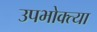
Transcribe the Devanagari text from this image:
उपभोक्त्या